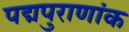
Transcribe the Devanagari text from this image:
पद्मपुराणांक